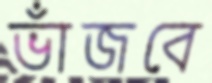
ভাঁজবে